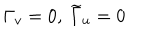
\Gamma _ { v } = 0 , \; \widetilde { \Gamma } _ { u } = 0